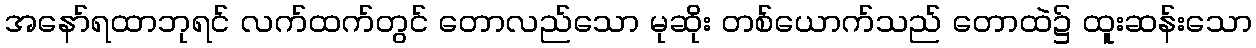
အနော်ရထာဘုရင် လက်ထက်တွင် တောလည်သော မုဆိုး တစ်ယောက်သည် တောထဲ၌ ထူးဆန်းသော